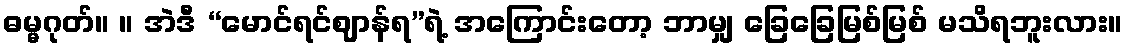
ဓမ္မဂုတ်။ ။ အဲဒီ “မောင်ရင်ဈာန်ရ”ရဲ့ အကြောင်းတော့ ဘာမျှ ခြေခြေမြစ်မြစ် မသိရဘူးလား။